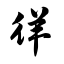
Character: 徉